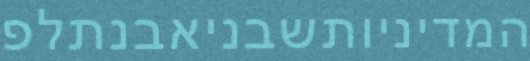
המדיניותשבניאבנתלפ